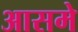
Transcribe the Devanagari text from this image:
आसमे